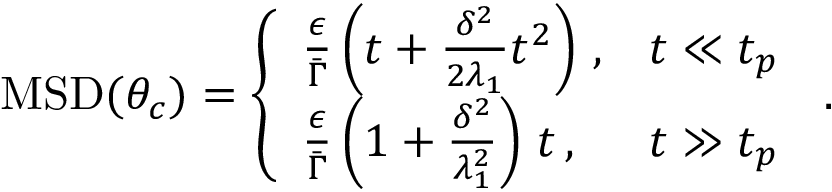
\begin{array} { r } { \mathrm { M S D } ( \theta _ { c } ) = \left\{ \begin{array} { l l } { \frac { \epsilon } { \bar { \Gamma } } \left( t + \frac { \delta ^ { 2 } } { 2 \lambda _ { 1 } } t ^ { 2 } \right) \, , } & { t \ll t _ { p } } \\ { \frac { \epsilon } { \bar { \Gamma } } \left( 1 + \frac { \delta ^ { 2 } } { \lambda _ { 1 } ^ { 2 } } \right) \, t \, , } & { t \gg t _ { p } \, } \end{array} \right. . } \end{array}